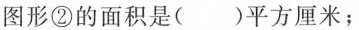
图形②的面积是()平方厘米；